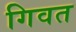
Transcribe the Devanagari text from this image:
गिवत